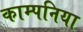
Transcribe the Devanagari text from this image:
काम्पनिया